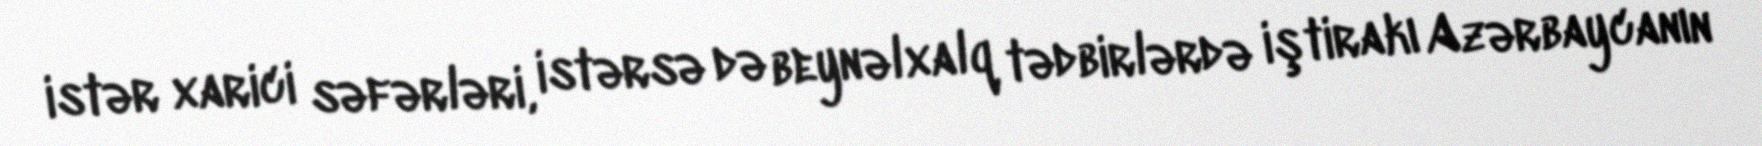
istər xarici səfərləri, istərsə də beynəlxalq tədbirlərdə iştirakı Azərbaycanın